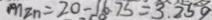
m z n = 2 0 - 1 6 . 7 5 = 3 . 2 5 9